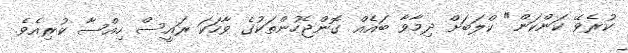
ކުރެވޭ ކަންކަން" ކްލަބަށް ދިމާވާ ބައެއް ގޮންޖެހުންތަކުގެ ވާހަކަ ރައީސް ހިއްސާ ކުރިއެވެ.